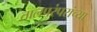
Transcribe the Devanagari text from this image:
तालपरंपरांच्या